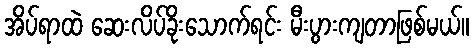
အိပ်ရာထဲ ဆေးလိပ်ခိုးသောက်ရင်း မီးပွားကျတာဖြစ်မယ်။